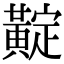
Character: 𪏉